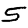
Digit: 5